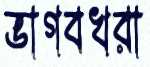
ভাগবখরা